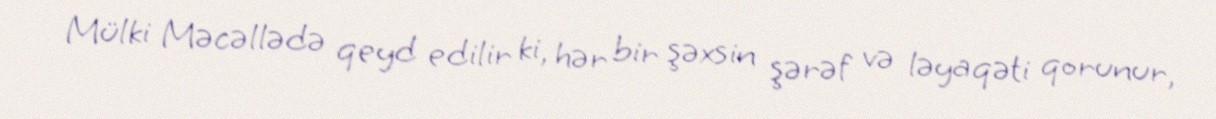
Mülki Məcəllədə qeyd edilir ki, hər bir şəxsin şərəf və ləyaqəti qorunur,